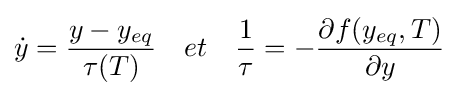
{\dot {y}}={\frac {y-y_{eq}}{\tau (T)}}\quad et\quad {\frac {1}{\tau }}=-{\frac {\partial f(y_{eq},T)}{\partial y}}